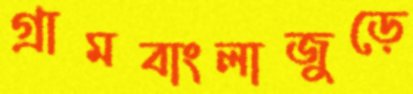
গ্রামবাংলাজুড়ে